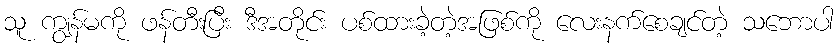
သူ ကျွန်မကို ဖန်တီးပြီး ဒီအတိုင်း ပစ်ထားခဲ့တဲ့အဖြစ်ကို လေးနက်စေချင်တဲ့ သဘောပါ